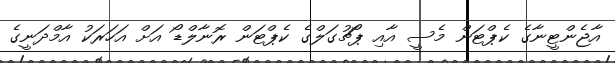
އާޖެންޓީނާގެ ކެޕްޓަން މެސީ އާއި ޕޯޗުގަލްގެ ކެޕްޓަން ރޮނާލްޑޯ އަށް އަހަރަކު އާމްދަނީގެ